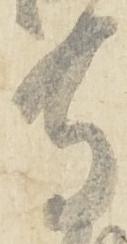
寺